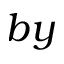
b y